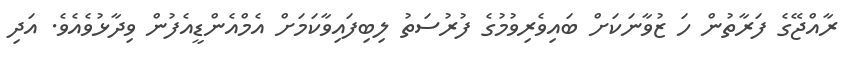
ރާއްޖޭގެ ފަރާތުން ހަ ޒުވާނަކަށް ބައިވެރިވުމުގެ ފުރުސަތު ލިބިފައިވާކަމަށް އެމްއެންޑީއެފުން ވިދާޅުވެއެވެ. އަދި